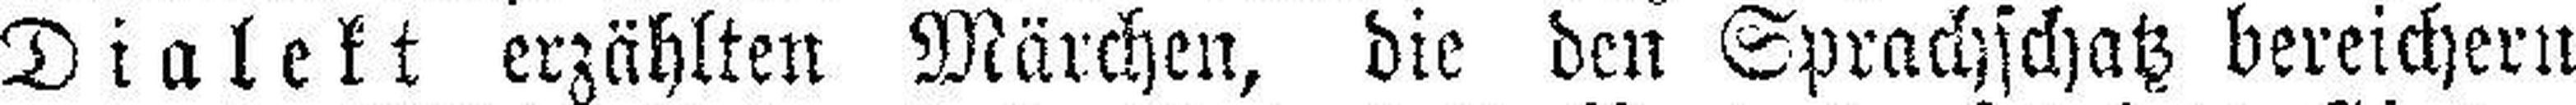
Dialekt erzählten Märchen, die den Sprachschatz bereichern